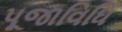
પૂજાવિધિ